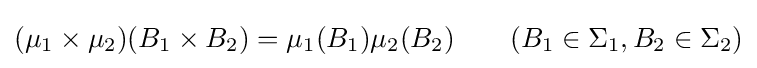
(\mu _{1}\times \mu _{2})(B_{1}\times B_{2})=\mu _{1}(B_{1})\mu _{2}(B_{2})\qquad (B_{1}\in \Sigma _{1},B_{2}\in \Sigma _{2})